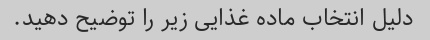
دلیل انتخاب ماده غذایی زیر را توضیح دهید.